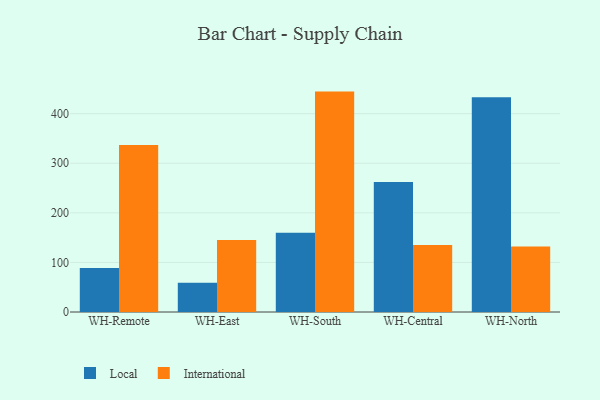
{"axis": {"x": "Warehouse", "y": "Waste Production (Tons)"}, "legend": ["International", "Local"], "data": [{"x": "WH-Remote", "y": 88.8, "type": "Local"}, {"x": "WH-Remote", "y": 336.6, "type": "International"}, {"x": "WH-East", "y": 59.0, "type": "Local"}, {"x": "WH-East", "y": 145.2, "type": "International"}, {"x": "WH-South", "y": 159.7, "type": "Local"}, {"x": "WH-South", "y": 444.5, "type": "International"}, {"x": "WH-Central", "y": 262.2, "type": "Local"}, {"x": "WH-Central", "y": 135.3, "type": "International"}, {"x": "WH-North", "y": 433.1, "type": "Local"}, {"x": "WH-North", "y": 132.0, "type": "International"}]}